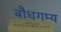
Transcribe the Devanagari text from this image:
बौधगम्य